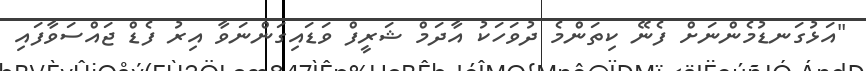
"އަޅުގަނޑުމެންނަށް ފެނޭ ކިތަންމެ ދުވަހަކު އާދަމް ޝަރީފް ވަޑައިގަންނަވާ އިރު ފެޑް ޖައްސަވާފައި